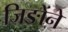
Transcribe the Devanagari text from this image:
जिङोंने